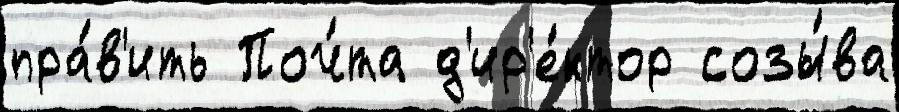
пра́в'ить Поч́та д'ир'е́ктор созы́ва